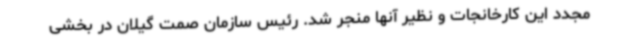
مجدد این کارخانجات و نظیر آنها منجر شد. رئیس سازمان صمت گیلان در بخشی